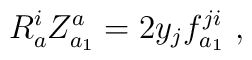
R^i_aZ^a_{a_1}=2y_jf^{ji}_{a_1}\ ,